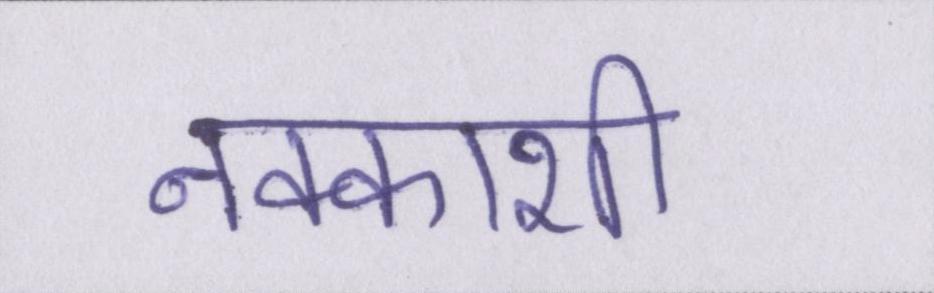
नक्काशी